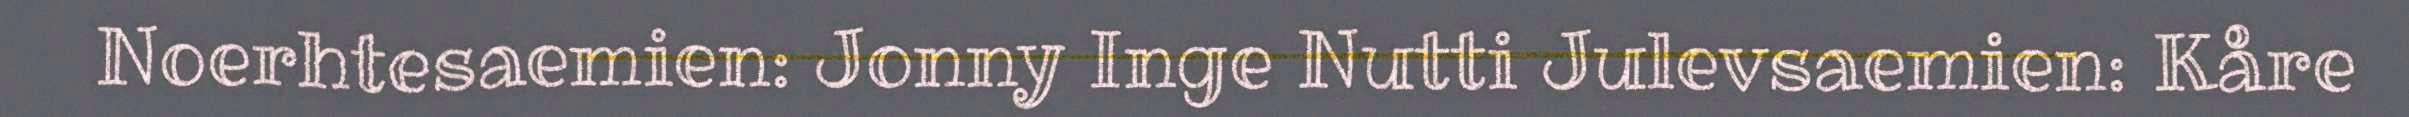
Noerhtesaemien: Jonny Inge Nutti Julevsaemien: Kåre